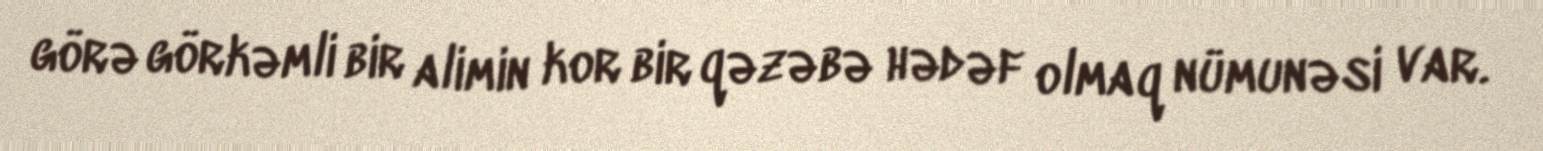
görə görkəmli bir alimin kor bir qəzəbə hədəf olmaq nümunəsi var.